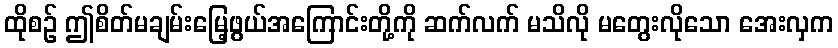
ထိုစဉ် ဤစိတ်မချမ်းမြေ့ဖွယ်အကြောင်းတို့ကို ဆက်လက် မသိလို မတွေးလိုသော အေးလှက